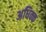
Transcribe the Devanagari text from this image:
अधिक्क